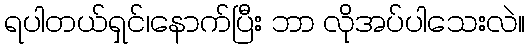
ရပါတယ်ရှင်၊နောက်ပြီး ဘာ လိုအပ်ပါသေးလဲ။